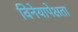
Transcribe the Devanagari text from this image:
विनेयापेक्षता